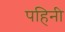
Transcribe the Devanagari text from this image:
पहिनी